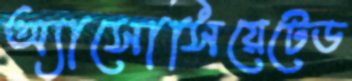
অ্যাসোসিয়েটেড